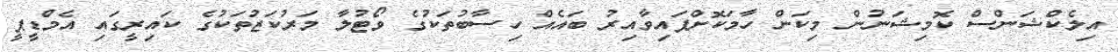
އިލެކްޝަންސް ކޮމިޝަނުން މިކަން ހާމަކޮށްފައިވާއިރު ބައެއް ހިސާބުތަކުގެ ވޯޓުލާ މަރުކަޒުތަކުގެ ކައިރީގައި އެމްޑީޕީ